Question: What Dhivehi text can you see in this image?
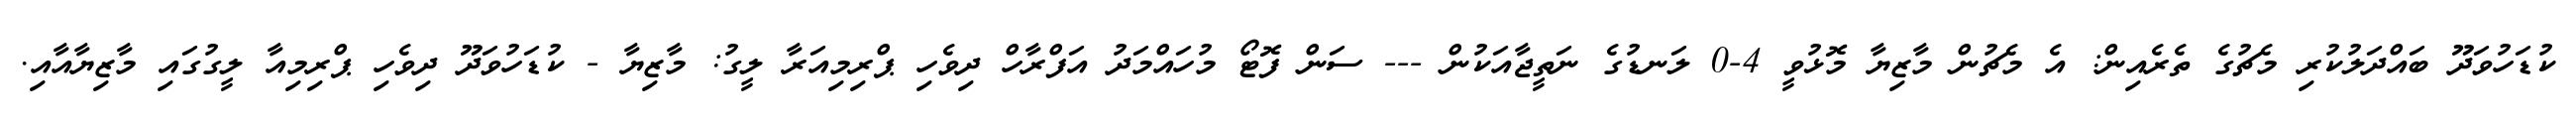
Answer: ކުޑަހުވަދޫ ބައްދަލުކުރި މެޗުގެ ތެރެއިން: އެ މެޗުން މާޒިޔާ މޮޅުވީ 4-0 ލަނޑުގެ ނަތީޖާއަކުން --- ސަން ފޮޓޯ މުހައްމަދު އަފްރާހް ދިވެހި ޕްރިމިއަރާ ލީގު: މާޒިޔާ - ކުޑަހުވަދޫ ދިވެހި ޕްރިމިއާ ލީގުގައި މާޒިޔާއާއި.